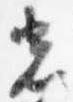
光